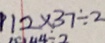
1 1 2 \times 3 7 \div 2